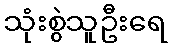
သုံးစွဲသူဦးရေ